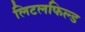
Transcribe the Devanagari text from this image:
लिटलफिल्ड